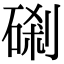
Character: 𥓑